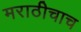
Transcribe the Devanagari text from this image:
मराठीचाच